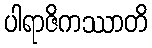
ပါရာဇိကဿာတိ